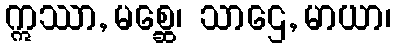
ဣဿာ, မစ္ဆေ၊ သာဌေ, မာယာ၊